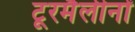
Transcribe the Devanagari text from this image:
टूरमैलीनों